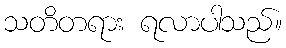
သတိတရား ရလာပါသည်။